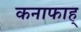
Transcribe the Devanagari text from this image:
कनाफाह्